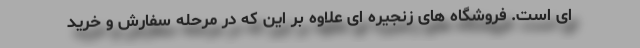
ای است. فروشگاه های زنجیره ای علاوه بر این که در مرحله سفارش و خرید